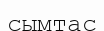
сымтас